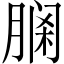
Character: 𦝹